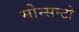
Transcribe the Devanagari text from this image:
मोन्सन्टो